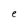
Character: e